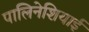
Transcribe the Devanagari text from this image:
पालिनेशियाई